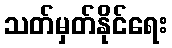
သတ်မှတ်နိုင်ရေး